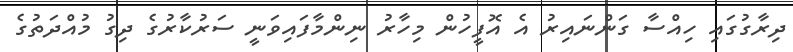
ދިރާގުގައި ހިއްސާ ގަންނައިރު އެ އޮފީހުން މިހާރު ނިންމާފައިވަނީ ސަރުކާރުގެ ދިގު މުއްދަތުގެ